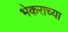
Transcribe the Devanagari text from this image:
भेकराच्या